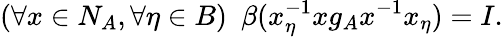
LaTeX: (\forall x\in N_{A},\forall\eta\in B)~~\beta(x_{\eta}^{-1}xg_{A}x^{-1}x_{\eta})=I.